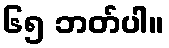
၆၅ ဘတ်ပါ။